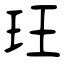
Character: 玨